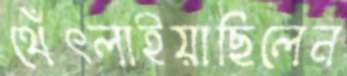
থেঁৎলাইয়াছিলেন